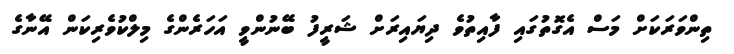
ތިންވަރަކަށް މަސް އެގޮތުގައި ފާއިތުވެ ދިޔައިރަށް ޝަރީފު ބޭނުންވީ އަހަރެންގެ މިލްކުވެރިކަން އޭނާގެ